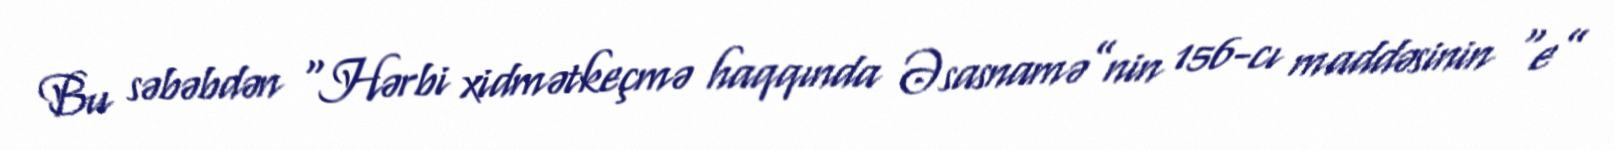
Bu səbəbdən “Hərbi xidmətkeçmə haqqında Əsasnamə”nin 156-cı maddəsinin “e”